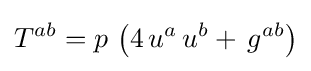
T^{ab}=p\,\left(4\,u^{a}\,u^{b}+\,g^{ab}\right)